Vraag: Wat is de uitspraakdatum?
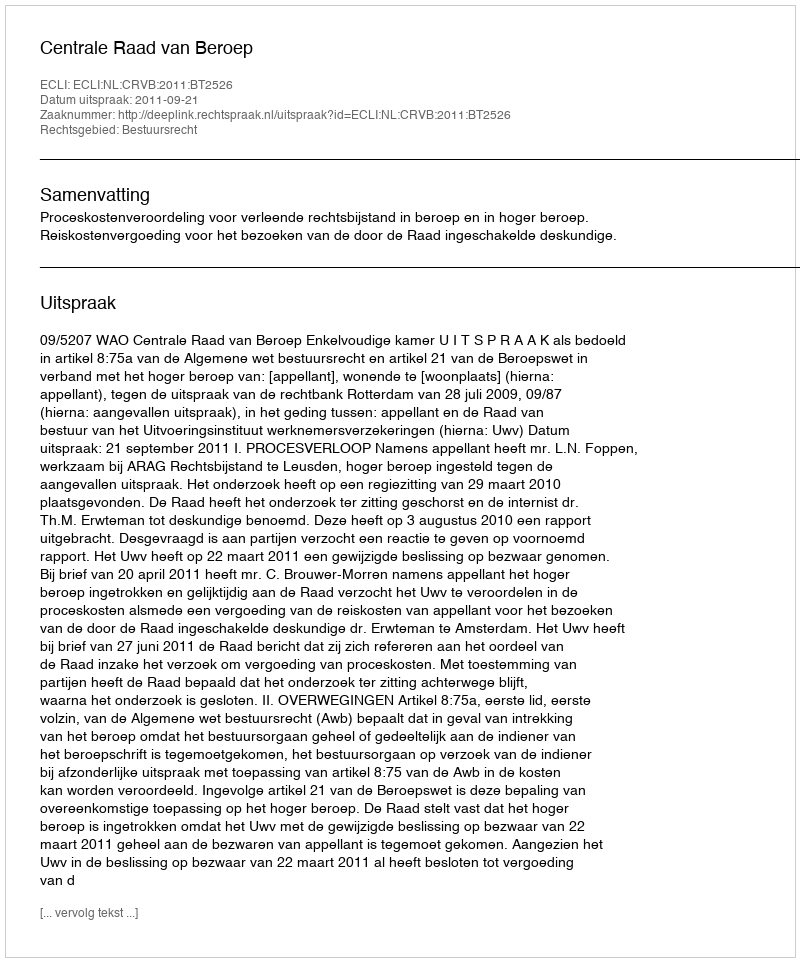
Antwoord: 2011-09-21